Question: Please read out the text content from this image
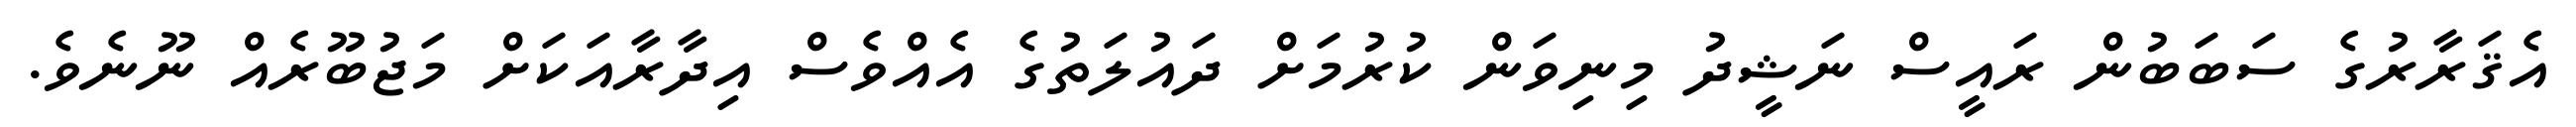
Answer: އެޤަރާރުގެ ސަބަބުން ރައީސް ނަޝީދު މިނިވަން ކުރުމަށް ދައުލަތުގެ އެއްވެސް އިދާރާއަކަށް މަޖުބޫރެއް ނޫނެވެ.